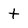
Character: t